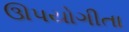
ઊપયોગીતા